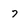
Character: 7